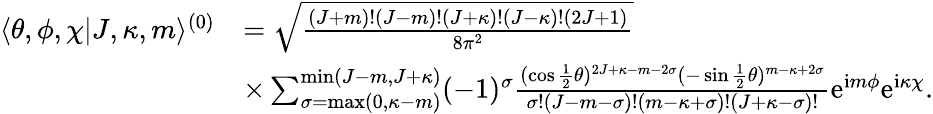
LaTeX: \begin{array}{rl}{\langle\theta,\phi,\chi|J,\kappa,m\rangle^{(0)}}&{=\sqrt{\frac{(J+m)!(J-m)!(J+\kappa)!(J-\kappa)!(2J+1)}{8\pi^{2}}}}\\ &{\times\sum_{\sigma=\mathrm{max}(0,\kappa-m)}^{\mathrm{min}(J-m,J+\kappa)}(-1)^{\sigma}\frac{(\cos\frac{1}{2}\theta)^{2J+\kappa-m-2\sigma}(-\sin\frac{1}{2}\theta)^{m-\kappa+2\sigma}}{\sigma!(J-m-\sigma)!(m-\kappa+\sigma)!(J+\kappa-\sigma)!}\mathrm{e}^{\mathrm{i}m\phi}\mathrm{e}^{\mathrm{i}\kappa\chi}.}\end{array}